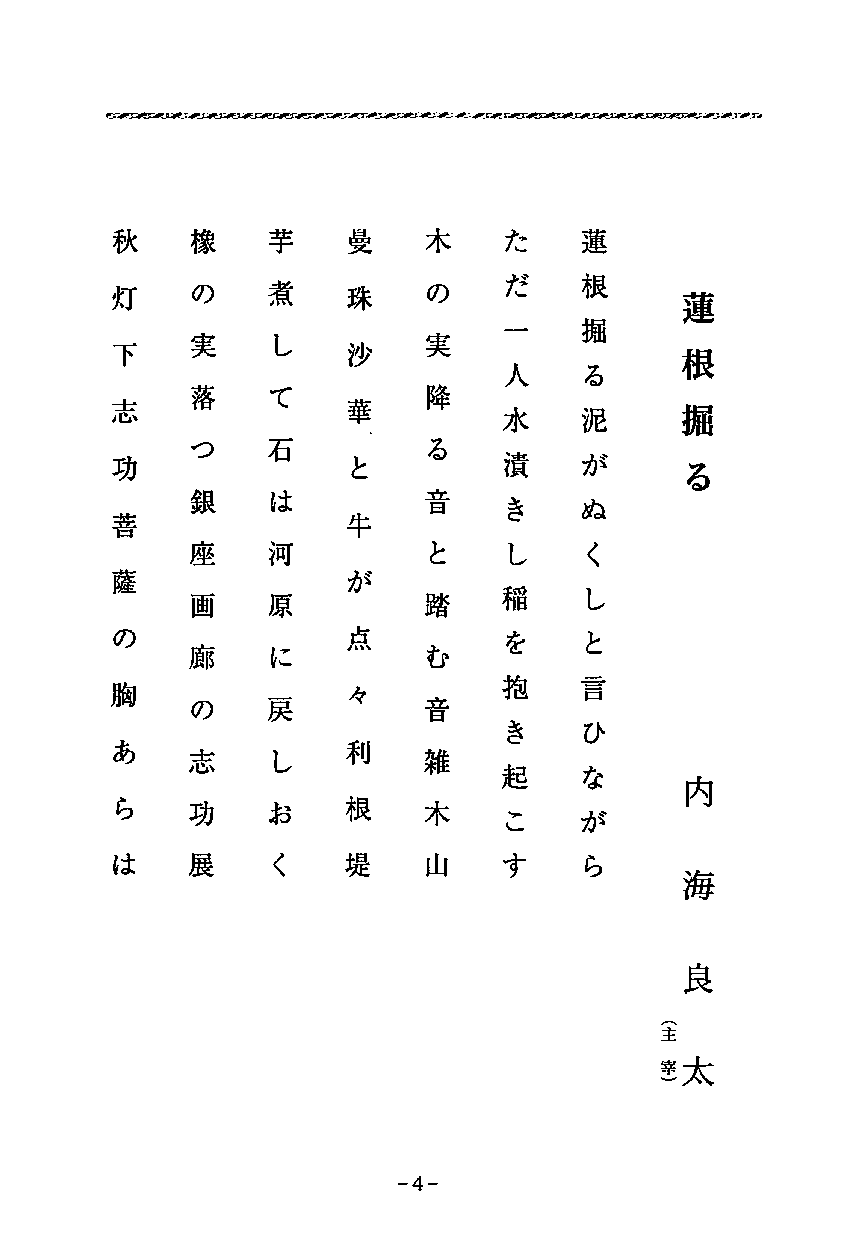
恒通~草豆扇町通R豆諸町茸王道IE.QF_J;曜を到~玉草~~－~泊町~·＂＂町＂－.－－.：車同区草食臼町草玄~車~車，，＿30o’...，..町a
 秋    橡    芋    長    木    Jふ，− 蓮
 J    根
 灯    の    煮    珠    の
 J−−Av
 掘      蓮
 実    し         実         る      根
 下              沙
 人    泥
 掘
 志    落    て    華    降    水    が
 漬    ぬ
 コザ   石         る
 功              と         き    く      る
 銀    は         主主．  し    し
 目
 菩              牛         稲    と
 座    河          と
 を    言
 まカ
 薩
 画    原         踏    抱    ひ
 の              占         き    な
 廊              む    起
 が
 胸               々         こ    ら
 の    民         コ包
 日   す
 あ    志    し    。手   雑
 内
 ら    功    お    根    木
 は    展    く    堤    山
 海
 良
 太
 （
 主
 宰
 ）
 A
 坤．